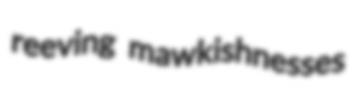
reeving mawkishnesses